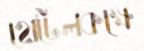
হোটেলকক্ষে